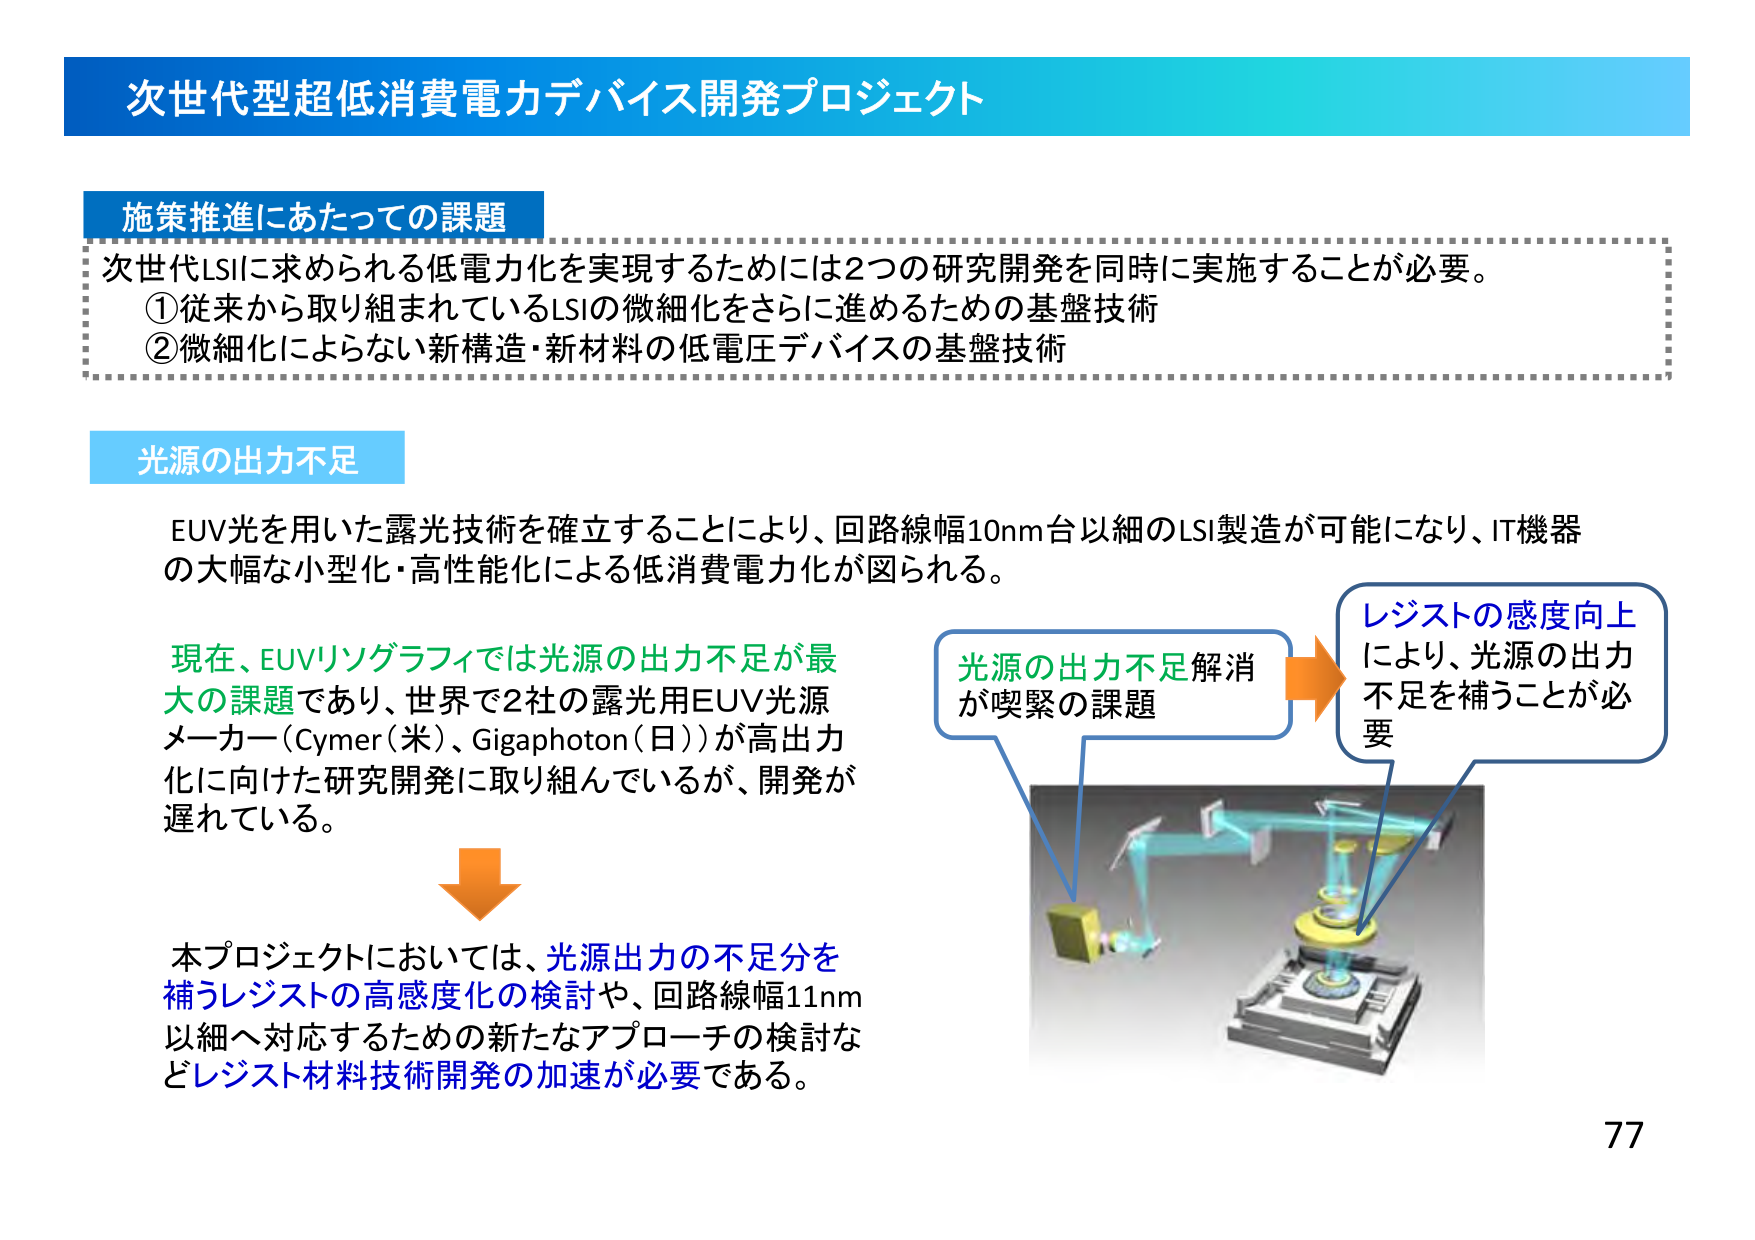
次世代型超低消費電力デバイス開発プロジェクト

施策推進にあたっての課題
次世代LSIに求められる低電力化を実現するためには2つの研究開発を同時に実施することが必要。
①従来から取り組まれているLSIの微細化をさらに進めるための基盤技術
②微細化によらない新構造・新材料の低電圧デバイスの基盤技術

光源の出力不足
EUV光を用いた露光技術を確立することにより、回路線幅10nm台以細のLSI製造が可能になり、IT機器の大幅な小型化・高性能化による低消費電力化が図られる。

現在、EUVリソグラフィでは光源の出力不足が最大の課題であり、世界で2社の露光用EUV光源メーカー（Cymer（米）、Gigaphoton（日））が高出力化に向けた研究開発に取り組んでいるが、開発が遅れている。

本プロジェクトにおいては、光源出力の不足分を補うレジストの高感度化の検討や、回路線幅11nm以細へ対応するための新たなアプローチの検討などレジスト材料技術開発の加速が必要である。

光源の出力不足解消が喫緊の課題
レジストの感度向上により、光源の出力不足を補うことが必要

77